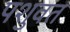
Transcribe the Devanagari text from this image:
पशुवत